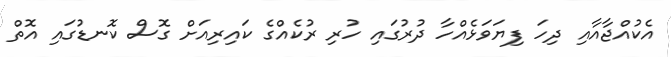
އެކުއްޖާއާއި ދިހަ ފިޔަވަޅެއްހާ ދުރުގައި ހުރި ރުކެއްގެ ކައިރިއަށް ގޮސް ކޮނޑުގައި އޮތް